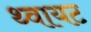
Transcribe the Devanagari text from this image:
थ्वायट